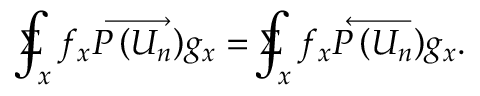
\Sigma \! \! \! \! \! \! \int _ { x } f _ { x } \overrightarrow { P \left( U _ { n } \right) } g _ { x } = \Sigma \! \! \! \! \! \! \int _ { x } f _ { x } \overleftarrow { P \left( U _ { n } ^ { } \right) } g _ { x } .